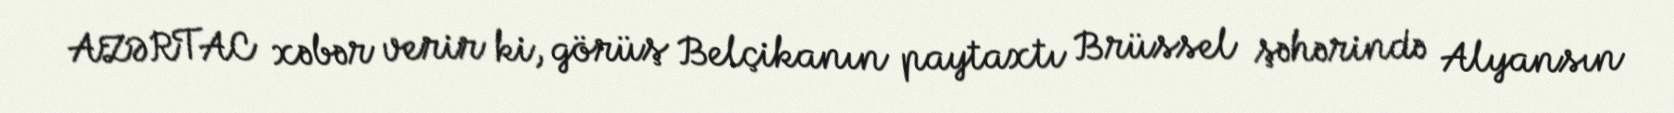
AZƏRTAC xəbər verir ki, görüş Belçikanın paytaxtı Brüssel şəhərində Alyansın